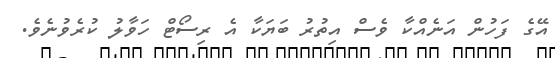
އޭގެ ފަހުން އަނެއްކާ ވެސް އިތުރު ބަޔަކާ އެ ރިސޯޓް ހަވާލު ކުރެވުނެވެ.